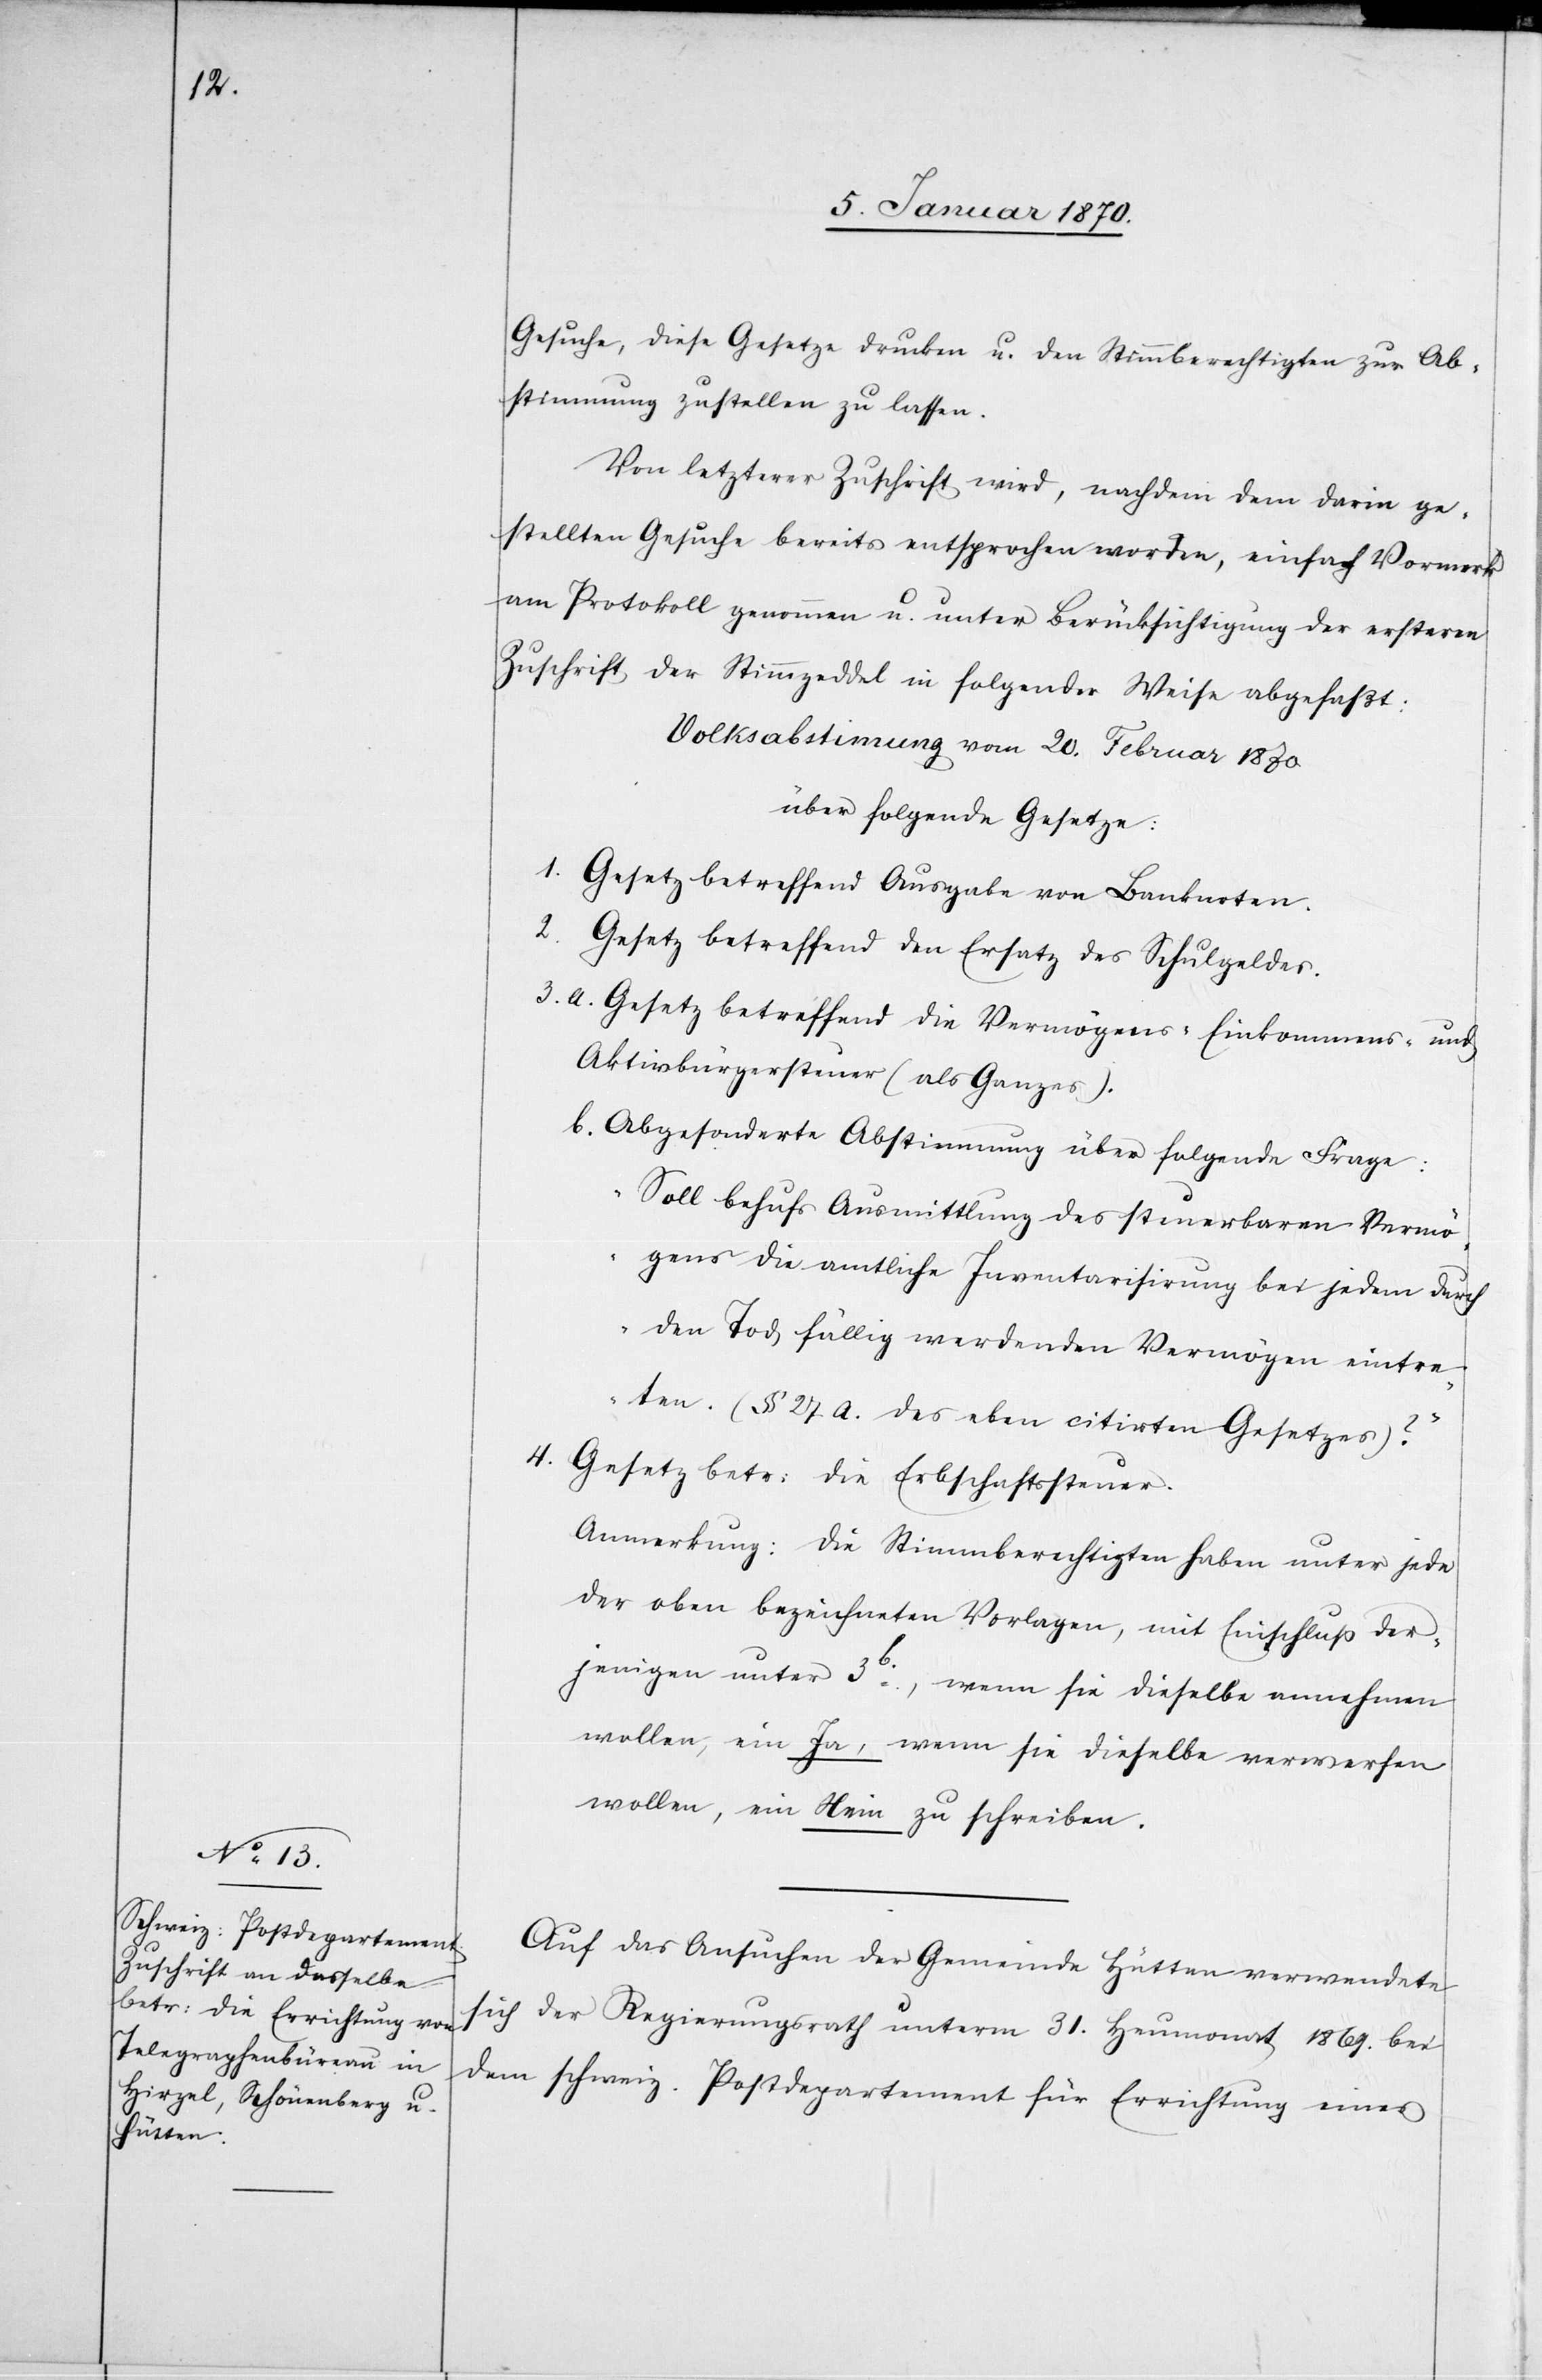
Gesuche, diese Gesetze drucken u. den Stimmberechtigten zur Ab¬
stimmung zustellen zu lassen.
Von letzterer Zuschrift wird, nachdem dem darin ge¬
stellten Gesuche bereits entsprochen worden, einfach Vormerk
am Protokoll genommen u. unter Berücksichtigung der ersteren
Zuschrift der Stimmzeddel in folgender Weise abgefaßt:
Volksabstim[m]ung vom 20. Februar 1870
über folgende Gesetze:
1. Gesetz betreffend Ausgabe von Banknoten.
2. Gesetz betreffend den Ersatz des Schulgeldes.
3. a. Gesetz betreffend die Vermögens-[,] Einkommens- und
Aktivbürgersteuer (als Ganzes).
b. Abgesonderte Abstimmung über folgende Frage:
„Soll behufs Ausmittlung des steuerbaren Vermö¬
gens die amtliche Inventarisirung bei jedem durch
den Tod fällig werdenden Vermögen eintre¬
ten. (§ 27a. des eben citirten Gesetzes)?“
4. Gesetz betr: die Erbschaftssteuer.
Anmerkung: Die Stimmberechtigten haben unter jede
der oben bezeichneten Vorlagen, mit Einschluß der¬
jenigen unter 3b., wenn sie dieselbe annehmen
wollen, ein Ja, wenn sie dieselbe verwerfen
wollen, ein Nein zu schreiben.
Auf das Ansuchen der Gemeinde Hütten verwendete
sich der Regierungsrath unterm 31. Heumonat 1869. bei
dem schweiz. Postdepartement für Errichtung eines